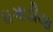
ધગાડીયા